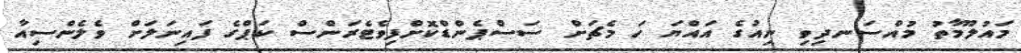
މައުލޫމާތު މުއްސަނދިވި ނިއުގެ އައްޔަ ހަ މެޗަށް ސަސްޕެންޑްކޮށްފިވެޓެރަންސްް ކަޕްގެ ފައިނަލަށް ވެލެންސިއާ